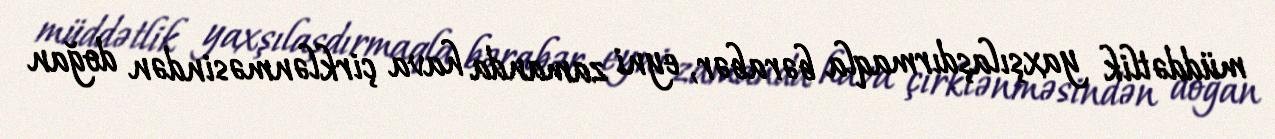
müddətlik yaxşılaşdırmaqla bərabər, eyni zamanda hava çirklənməsindən doğan